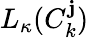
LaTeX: L_{\kappa}(C_{k}^{\mathbf{j}})